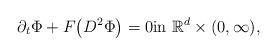
LaTeX: \begin{align*} \partial_t \Phi+ F\bigl(D^2\Phi\bigr) = 0\mbox{in } \mathbb{R}^d\times (0,\infty),\end{align*}